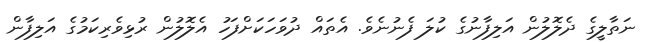
ނަތާލީގެ ދެލޮލުން އަލިފާނުގެ ކުލަ ފެނުނެވެ. އެތައް ދުވަހަކަށްފަހު އެލޮލުން ރުޅިވެރިކަމުގެ އަލިފާން